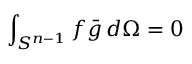
\int _ { S ^ { n - 1 } } f { \bar { g } } \, d \Omega = 0